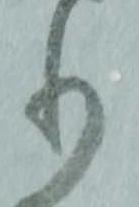
り